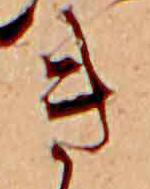
き